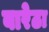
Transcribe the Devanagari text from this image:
बारेठा